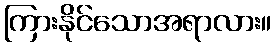
ကြားနိုင်သောအရာလား။